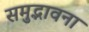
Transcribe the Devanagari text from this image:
समुद्भावना